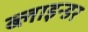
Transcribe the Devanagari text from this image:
ब्लाइन्डर